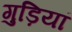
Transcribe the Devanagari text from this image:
गुड़ियां